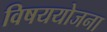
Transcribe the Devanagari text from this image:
विषययोजना